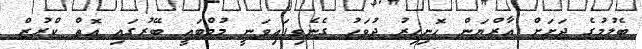
ބެލުމުގެ ދަށަށް އާރްޔަން ހޮނިހިރު ދުވަހު ގެނެވިފައިވަނީ މުމްބައީ ބޭރުގައި އޮތް ކްރުޒް